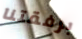
برفقتنا